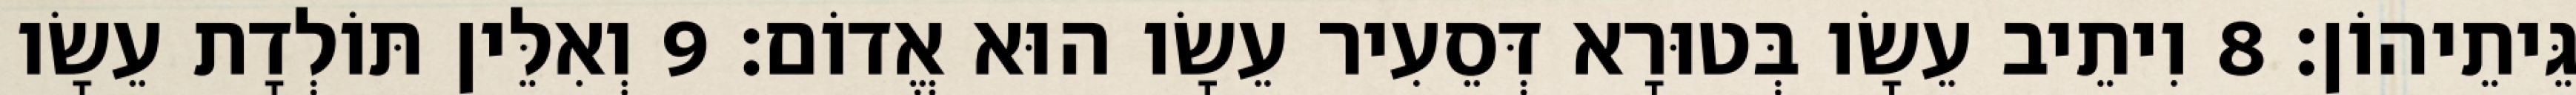
גֵּיתֵיהוֹן׃ 8 וִיתֵיב עֵשָׂו בְּטוּרָא דְּסֵעִיר עֵשָׂו הוּא אֱדוֹם׃ 9 וְאִלֵּין תּוֹלְדָת עֵשָׂו